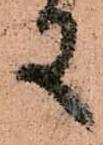
又